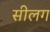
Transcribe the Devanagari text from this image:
सीलग